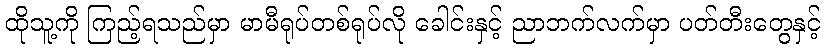
ထိုသူ့ကို ကြည့်ရသည်မှာ မာမီရုပ်တစ်ရုပ်လို ခေါင်းနှင့် ညာဘက်လက်မှာ ပတ်တီးတွေနှင့်